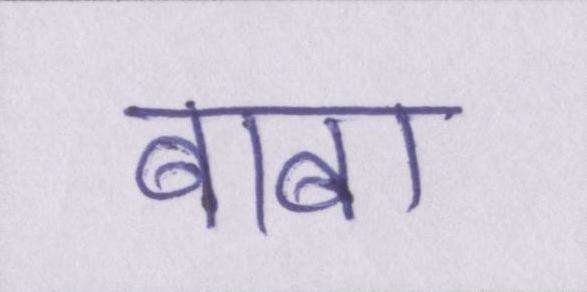
बाबा